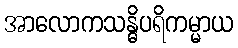
အာလောကသန္ဓိပရိကမ္မာယ